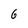
Character: 6